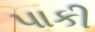
પાકી